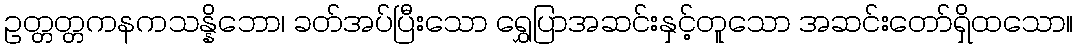
ဥတ္တတ္တကနကသန္နိဘော၊ ခတ်အပ်ပြီးသော ရွှေပြာအဆင်းနှင့်တူသော အဆင်းတော်ရှိထသော။